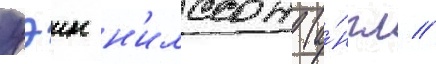
уэин н'илссон (а́нгл //